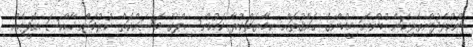
ނުކުޅެދުންތެރިކަން ހުންނަ މީހުންގެ ޙައްޤުތައް ޙިމާޔަތްކުރާ ކައުންސިލްގެ މަސައްކަތް ކުރުމަށް ޚާއްސަ އޮފީހެއް